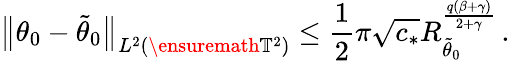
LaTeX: \bigl\| \theta_{0}-\tilde{\theta}_{0}\bigr\| _{L^{2}(\ensuremath{\mathbb{T}}^{2})}\leq\frac 12\pi\sqrt{c_{*}}R_{\tilde{\theta}_{0}}^{\frac{q(\beta+\gamma)}{2+\gamma}}\, .